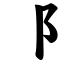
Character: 阝